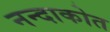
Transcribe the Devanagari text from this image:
नन्दाकोत